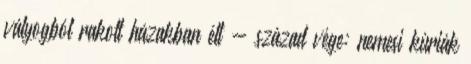
vályogból rakott házakban élt - század vége: nemesi kúriák